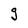
Character: g